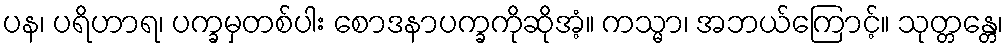
ပန၊ ပရိဟာရ၊ ပက္ခမှတစ်ပါး စောဒနာပက္ခကိုဆိုအံ့။ ကသ္မာ၊ အဘယ်ကြောင့်။ သုတ္တန္တေ၊